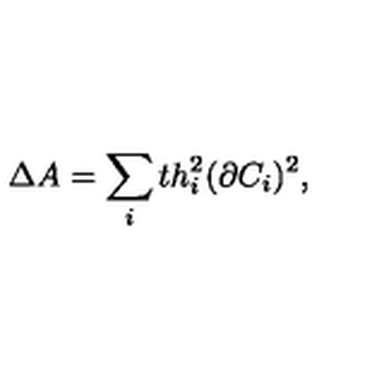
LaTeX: \Delta A = \sum _ { i } t h _ { i } ^ { 2 } ( \partial C _ { i } ) ^ { 2 } ,